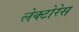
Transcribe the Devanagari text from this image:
लेक्टोरेस